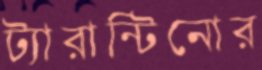
ট্যারান্টিনোর